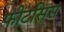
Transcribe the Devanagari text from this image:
फीटसिस